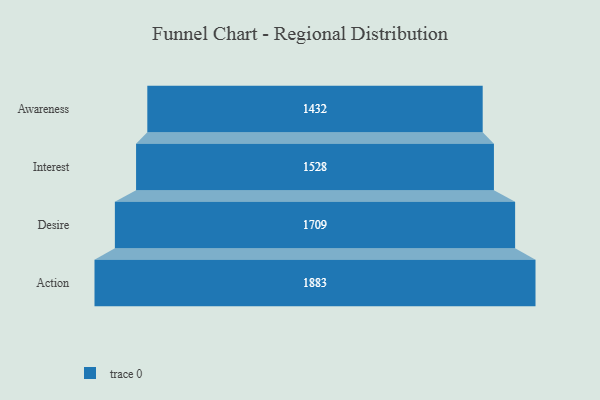
{"axis": {"x": "Stage", "y": "Value"}, "legend": [""], "data": [{"x": "Awareness", "y": 1432.0, "type": ""}, {"x": "Interest", "y": 1528.0, "type": ""}, {"x": "Desire", "y": 1709.0, "type": ""}, {"x": "Action", "y": 1883.0, "type": ""}]}